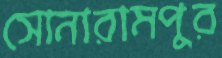
সোনারামপুর